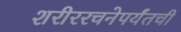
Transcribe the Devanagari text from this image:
शरीररचनेपर्यंतची